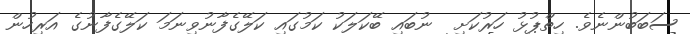
ސަބަބުންނެވެ. ހިތްޕުޅު ހަރުކަށި  ނުބައި ބޭކަލަކު ކަމުގައި ކަލޭގެފާނުވިނަމަ ކަލޭގެފާނުގެ އަރިހުން